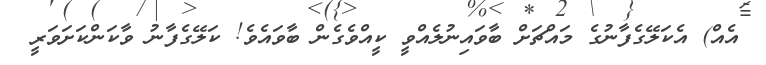
އެއް) އެކަލޭގެފާނުގެ މައްޗަށް ބާވައިނުލެއްވީ ކީއްވެގެން ބާވައެވެ! ކަލޭގެފާނު ވާކަންކަަށަވަރީ